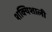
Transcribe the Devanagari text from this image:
शक्यिशाली